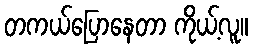
တကယ်ပြောနေတာ ကိုယ့်လူ။